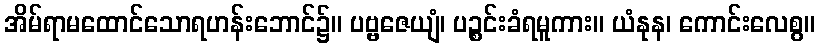
အိမ်ရာမထောင်သောရဟန်းဘောင်၌။ ပဗ္ဗဇေယျံ၊ ပဉ္စင်းခံရမူကား။ ယံနုန၊ ကောင်းလေစွ။